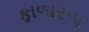
ફાળારૂપ